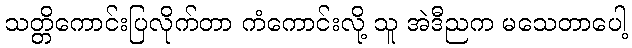
သတ္တိကောင်းပြလိုက်တာ ကံကောင်းလို့ သူ အဲဒီညက မသေတာပေါ့